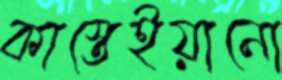
কাস্তেইয়ানো